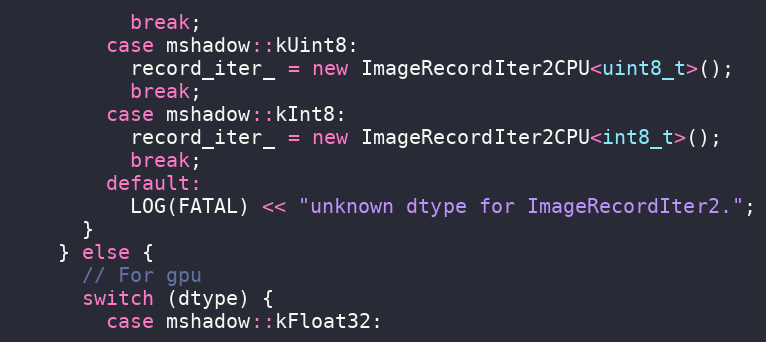
Language: C++
          break;
        case mshadow::kUint8:
          record_iter_ = new ImageRecordIter2CPU<uint8_t>();
          break;
        case mshadow::kInt8:
          record_iter_ = new ImageRecordIter2CPU<int8_t>();
          break;
        default:
          LOG(FATAL) << "unknown dtype for ImageRecordIter2.";
      }
    } else {
      // For gpu
      switch (dtype) {
        case mshadow::kFloat32: